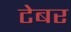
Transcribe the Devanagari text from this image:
टेबर